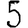
Digit: 5